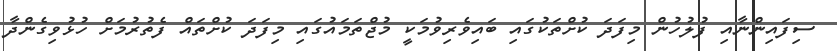
ސިފައިންނާއި ފުލުހުން މިފަދަ ކުށްތަކުގައި ބައިވެރިވުމަކީ މުޖްތަމައުގައި މިފަދަ ކުށްތައް ފެތުރުމަށް ހުޅުވިގެންދާ